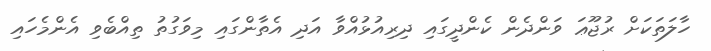
ހާލަތަކަށް ރުޖޫޢަ ވަންދެން ކެންދީގައި ދިރިއުޅުއްވާ އަދި އެތާންގައި މިވަގުތު ތިއްބެވި އެންމެހައި